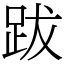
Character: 跋